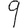
Digit: 9